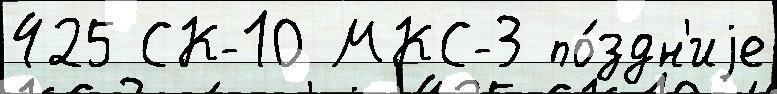
425 СК-10 МКС-3 по́здн'иjе